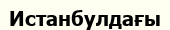
Истанбулдағы